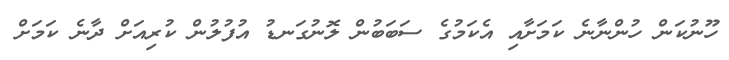
ހޫނުކަން ހުންނާނެ ކަމަށާއި އެކަމުގެ ސަބަބުން ލޮނުގަނޑު އުފުލުން ކުރިއަށް ދާނެ ކަމަށް